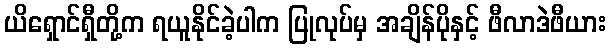
ယိရှောင်ရှီတို့က ရယူနိုင်ခဲ့ပါက ပြုလုပ်မှ အချိန်ပိုနှင့် ဖီလာဒဲဖီယား